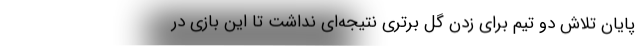
پایان تلاش دو تیم برای زدن گل برتری نتیجه‌ای نداشت تا این بازی در